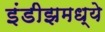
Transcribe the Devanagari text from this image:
इंडीझमध्ये